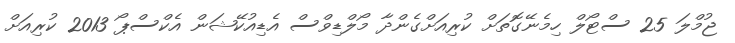
ޖުމްލަ 25 ސްޓޯލް ހިމެނޭގޮތަށް ކުރިއަށްގެންދާ މޯލްޑިވްސް އެޑިއުކޭޝަން އެކްސްޕޯ 2013 ކުރިއަށް